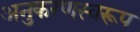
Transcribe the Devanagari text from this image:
अनुकरणस्वरूप